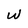
Character: W